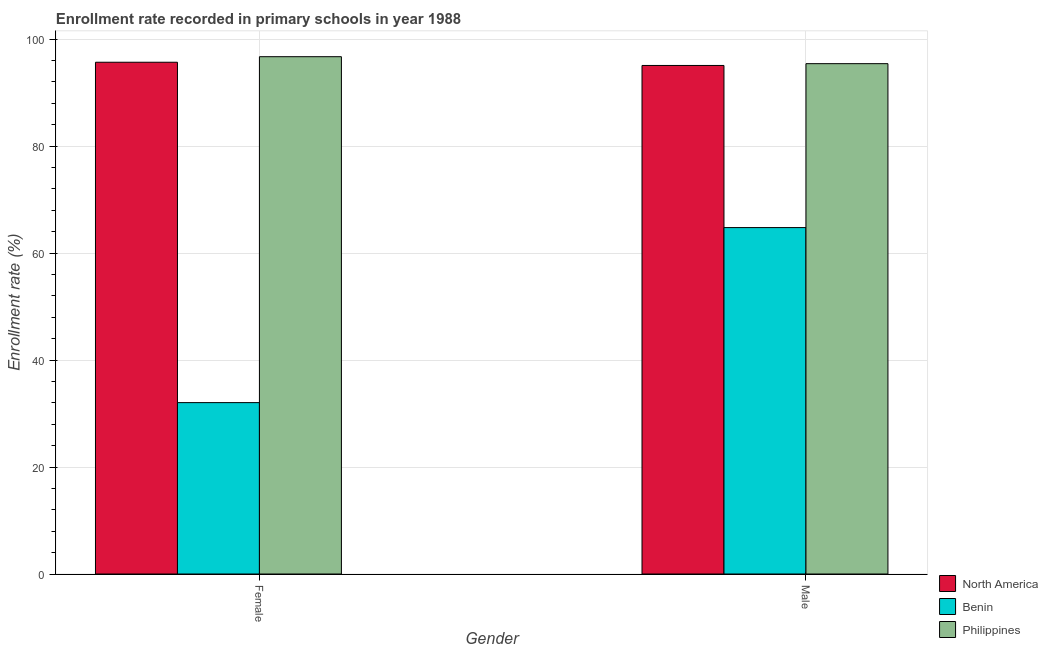
| Gender | North America | Benin | Philippines |
 | --- | --- | --- | --- |
 | Female | 95.7 | 32 | 96.7 |
 | Male | 95.1 | 64.8 | 95.4 |